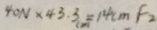
4 0 N \times 4 3 . 3 c m = 1 4 0 c m F _ { 2 }